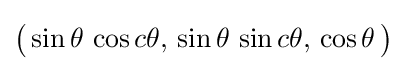
{\bigl (}\sin \theta \,\cos c\theta ,\,\sin \theta \,\sin c\theta ,\,\cos \theta \,{\bigr )}